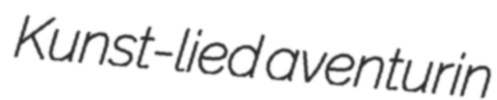
Kunst-lied aventurin